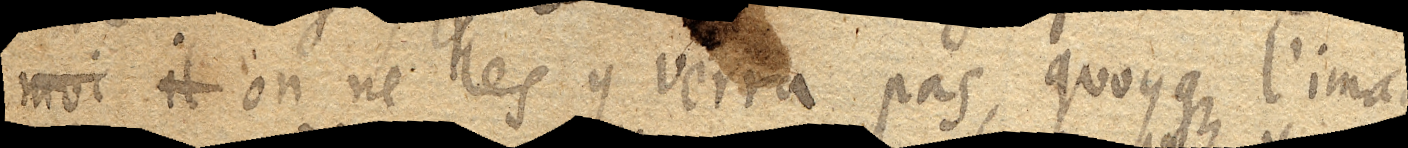
moi il on ne les y verra pas, quoyque l’image